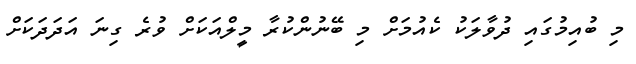
މި ބުއިމުގައި ދުވާލަކު ކެއުމަށް މި ބޭނުންކުރާ މީލްއަކަށް ވުރެ ގިނަ އަދަދަކަށް